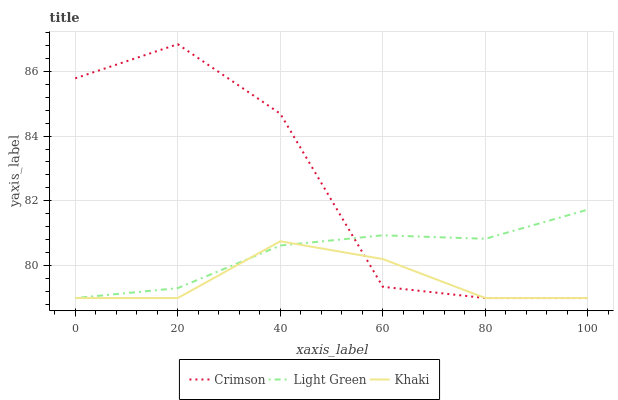
| xaxis_label | Crimson | Light Green | Khaki |
 | --- | --- | --- | --- |
 | 0 | 85.8 | 79 | 79 |
 | 20 | 86.8 | 79.3 | 79 |
 | 40 | 84.7 | 80.6 | 80.8 |
 | 60 | 79.3 | 80.9 | 80.2 |
 | 80 | 79 | 80.8 | 79 |
 | 100 | 79 | 81.7 | 79 |